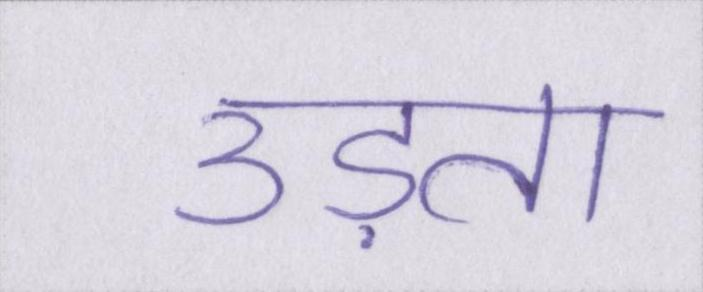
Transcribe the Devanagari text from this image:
उड़ता